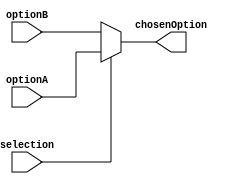
`timescale 1ns / 1ps

module muxAdder2
    (
    input [31:0] optionA, optionB,
    input selection,

    output reg [31:0] chosenOption
    );
    
    always@(*)
        begin
        if(selection)
            begin
            chosenOption = optionA;
            end
        else
            begin
            chosenOption = optionB;
            end
        end
endmodule